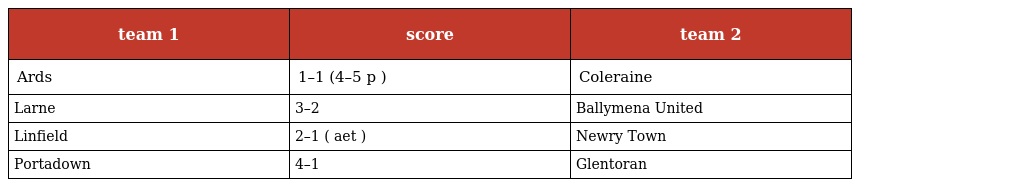
| team 1 | score | team 2 |
 | --- | --- | --- |
 | Ards | 1–1 (4–5 p ) | Coleraine |
 | Larne | 3–2 | Ballymena United |
 | Linfield | 2–1 ( aet ) | Newry Town |
 | Portadown | 4–1 | Glentoran |